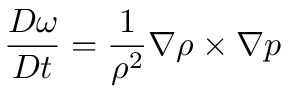
{ \frac { D \omega } { D t } } = { \frac { 1 } { \rho ^ { 2 } } } \nabla \rho \times \nabla p